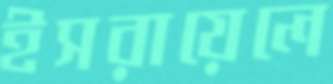
ইসরায়েলে